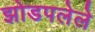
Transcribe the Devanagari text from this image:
झोडपलेले